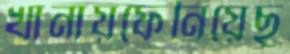
খানায়ফেনিয়েছ